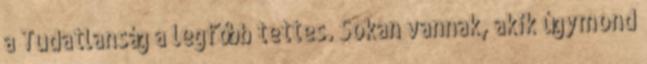
a Tudatlanság a legfőbb tettes. Sokan vannak, akik úgymond